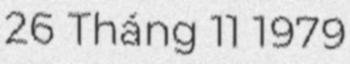
26 Tháng 11 1979